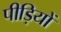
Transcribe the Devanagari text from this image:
पीड़ियों